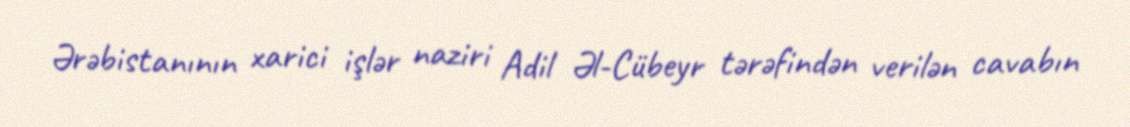
Ərəbistanının xarici işlər naziri Adil Əl-Cübeyr tərəfindən verilən cavabın